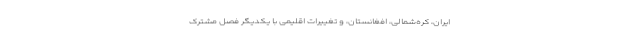
ایران، کره‌شمالی، افغانستان، و تغییرات اقلیمی با یکدیگر فصل مشترک